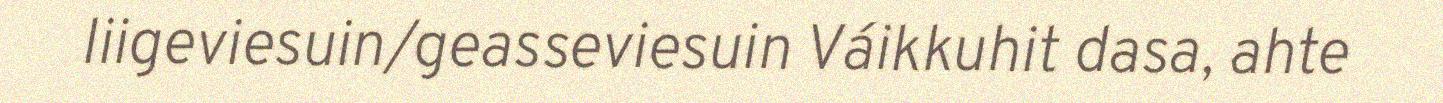
liigeviesuin/geasseviesuin Váikkuhit dasa, ahte